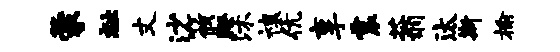
蒙祉丈沙筱睽沐禳伉享震蓊汰斯榆